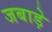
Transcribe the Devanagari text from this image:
जबाड़े